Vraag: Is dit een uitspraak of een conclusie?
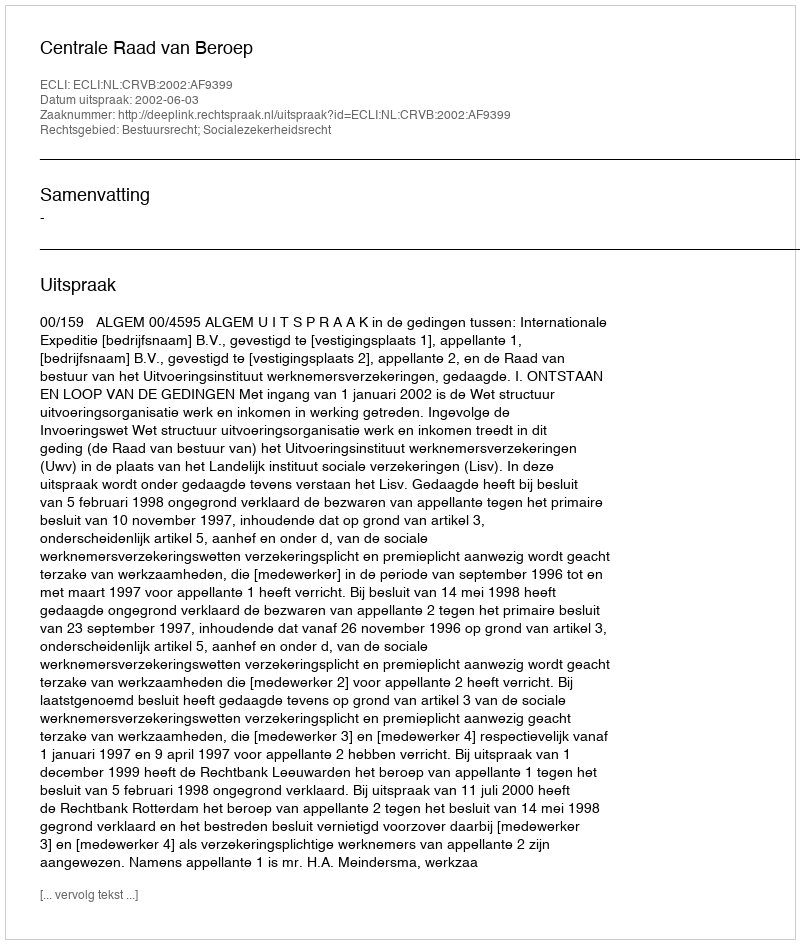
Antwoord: Uitspraak